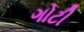
ગોટી